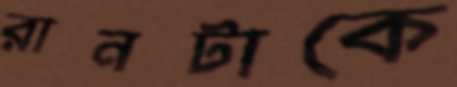
রানটাকে